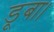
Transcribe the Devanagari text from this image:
डूबा।